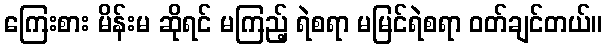
ကြေးစား မိန်းမ ဆိုရင် မကြည့် ရဲစရာ မမြင်ရဲစရာ ဝတ်ချင်တယ်။